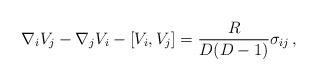
LaTeX: \begin{align*}\nabla_{i}V_{j}-\nabla_{j}V_{i}-[V_{i},V_{j}] =\frac{R}{D(D-1)}\sigma_{ij}\, ,\end{align*}